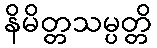
နိမိတ္တသမ္ပတ္တိ